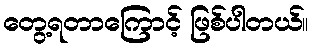
တွေ့ရတာကြောင့် ဖြစ်ပါတယ်။